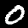
Digit: 0